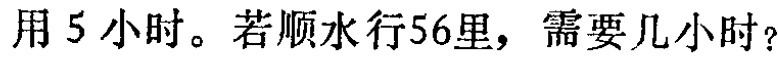
用5小时。若顺水行56里，需要几小时？